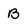
Character: B